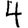
Digit: 4